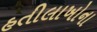
હતીલાખોના